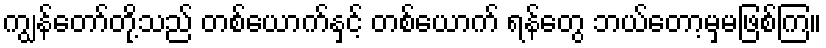
ကျွန်တော်တို့သည် တစ်ယောက်နှင့် တစ်ယောက် ရန်တွေ ဘယ်တော့မှမဖြစ်ကြ။